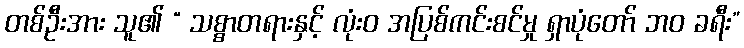
တစ်ဦးအား သူ၏ “ သစ္စာတရားနှင့် လုံးဝ အပြစ်ကင်းစင်မှု ရှာပုံတော် ဘဝ ခရီး”